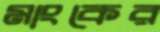
মাংকের